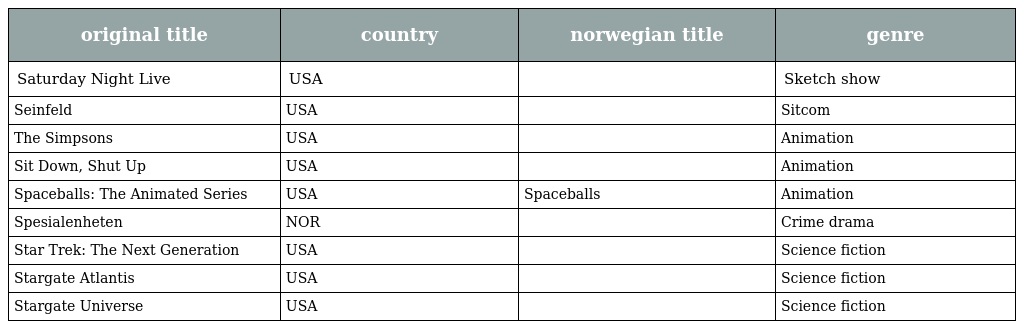
| original title | country | norwegian title | genre |
 | --- | --- | --- | --- |
 | Saturday Night Live | USA |  | Sketch show |
 | Seinfeld | USA |  | Sitcom |
 | The Simpsons | USA |  | Animation |
 | Sit Down, Shut Up | USA |  | Animation |
 | Spaceballs: The Animated Series | USA | Spaceballs | Animation |
 | Spesialenheten | NOR |  | Crime drama |
 | Star Trek: The Next Generation | USA |  | Science fiction |
 | Stargate Atlantis | USA |  | Science fiction |
 | Stargate Universe | USA |  | Science fiction |